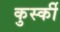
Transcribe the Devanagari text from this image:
कुर्स्की